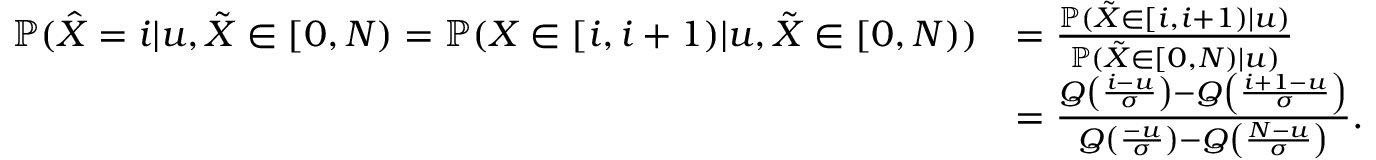
\begin{array} { r l } { \mathbb { P } ( \hat { X } = i | u , \tilde { X } \in [ 0 , N ) = \mathbb { P } ( X \in [ i , i + 1 ) | u , \tilde { X } \in [ 0 , N ) ) } & { = \frac { \mathbb { P } ( \tilde { X } \in [ i , i + 1 ) | u ) } { \mathbb { P } ( \tilde { X } \in [ 0 , N ) | u ) } } \\ & { = \frac { Q \left( \frac { i - u } { \sigma } \right) - Q \left( \frac { i + 1 - u } { \sigma } \right) } { Q \left( \frac { - u } { \sigma } \right) - Q \left( \frac { N - u } { \sigma } \right) } . } \end{array}